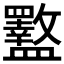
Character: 𪾜